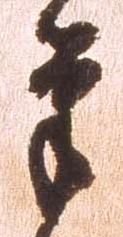
筆